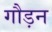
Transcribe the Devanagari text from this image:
गौड़न